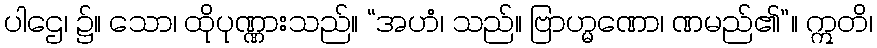
ပါဌေ၊ ၌။ သော၊ ထိုပုဏ္ဏားသည်။ “အဟံ၊ သည်။ ဗြာဟ္မဏော၊ ဏမည်၏”။ ဣတိ၊